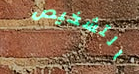
التشخيص